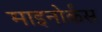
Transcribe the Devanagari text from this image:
माइनोर्कंस